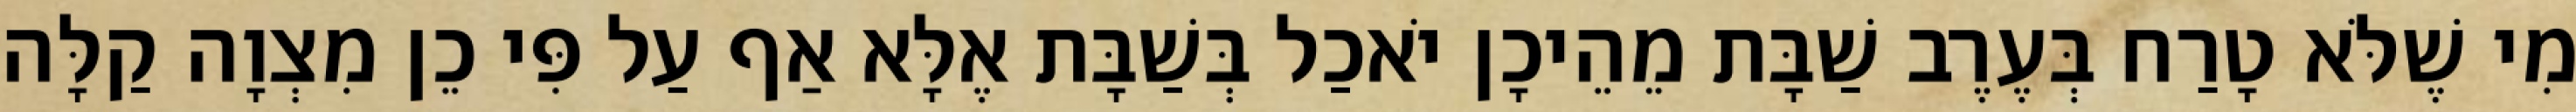
מִי שֶׁלֹּא טָרַח בְּעֶרֶב שַׁבָּת מֵהֵיכָן יֹאכַל בְּשַׁבָּת אֶלָּא אַף עַל פִּי כֵן מִצְוָה קַלָּה